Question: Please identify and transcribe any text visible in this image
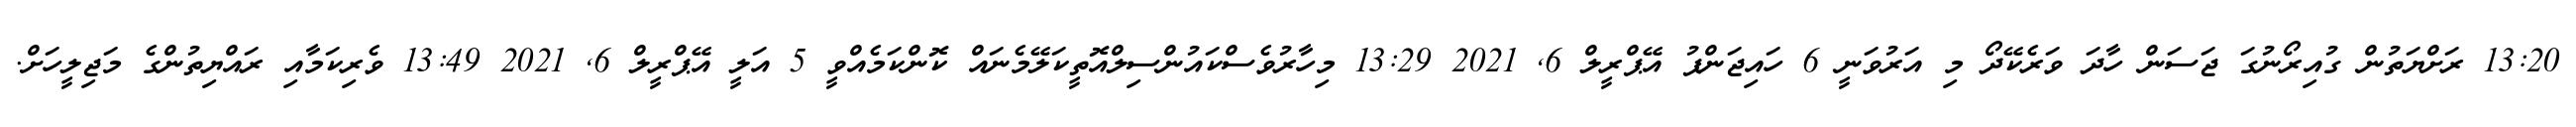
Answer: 13:20 ރަށްޔަތުން ގުއިރޯނުގަ ޖަސަން ހާދަ ވަރެކޭދޯ މި އަރުވަނީ 6 ހައިޖަންޕު އޭޕްރީލް 6, 2021 13:29 މިހާރުވެސްކައުންސިލްއޮތީކަލޭމެނައް ކޮންކަމެއްވީ 5 އަލީ އޭޕްރީލް 6, 2021 13:49 ވެރިކަމާއި ރައްޔިތުންގެ މަޖިލީހަށް.